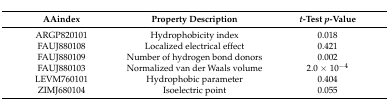
| AAindex | Property Description | t-Test p-Value |
 | --- | --- | --- |
 | ARGP820101 | Hydrophobicity index | 0.018 |
 | FAUJ880108 | Localized electrical effect | 0.421 |
 | FAUJ880109 | Number of hydrogen bond donors | 0.002 |
 | FAUJ880103 | Normalized van der Waals volume | 2.0 × 10−4 |
 | LEVM760101 | Hydrophobic parameter | 0.404 |
 | ZIMJ680104 | Isoelectric point | 0.055 |